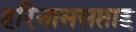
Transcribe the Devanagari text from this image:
हरिनामसप्ताह